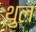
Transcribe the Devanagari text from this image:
थुल